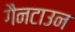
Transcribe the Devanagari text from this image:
गैनटाउन